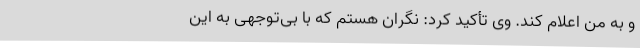
و به من اعلام کند. وی تأکید کرد: نگران هستم که با بی‌توجهی به این